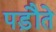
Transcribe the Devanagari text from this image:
पड़ौते